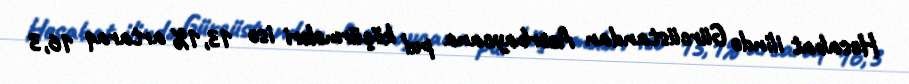
Hesabat ilində Gürcüstandan Azərbaycana pul köçürmələri isə 13,1% artaraq 16,3